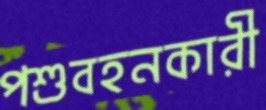
পশুবহনকারী